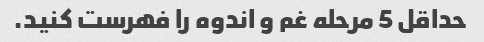
حداقل 5 مرحله غم و اندوه را فهرست کنید.